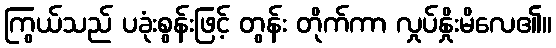
ကြွယ်သည် ပခုံးစွန်းဖြင့် တွန်း တိုက်ကာ လှုပ်နှိုးမိလေ၏။